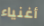
أغنياء